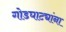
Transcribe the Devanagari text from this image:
गोडघाट्यांना